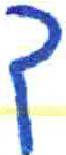
אות: ך